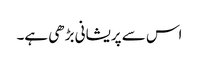
اس سے پریشانی بڑھی ہے۔